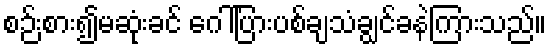
စဉ်းစား၍မဆုံးခင် ဂေါ်ပြားပစ်ချသံချွင်ခနဲကြားသည်။